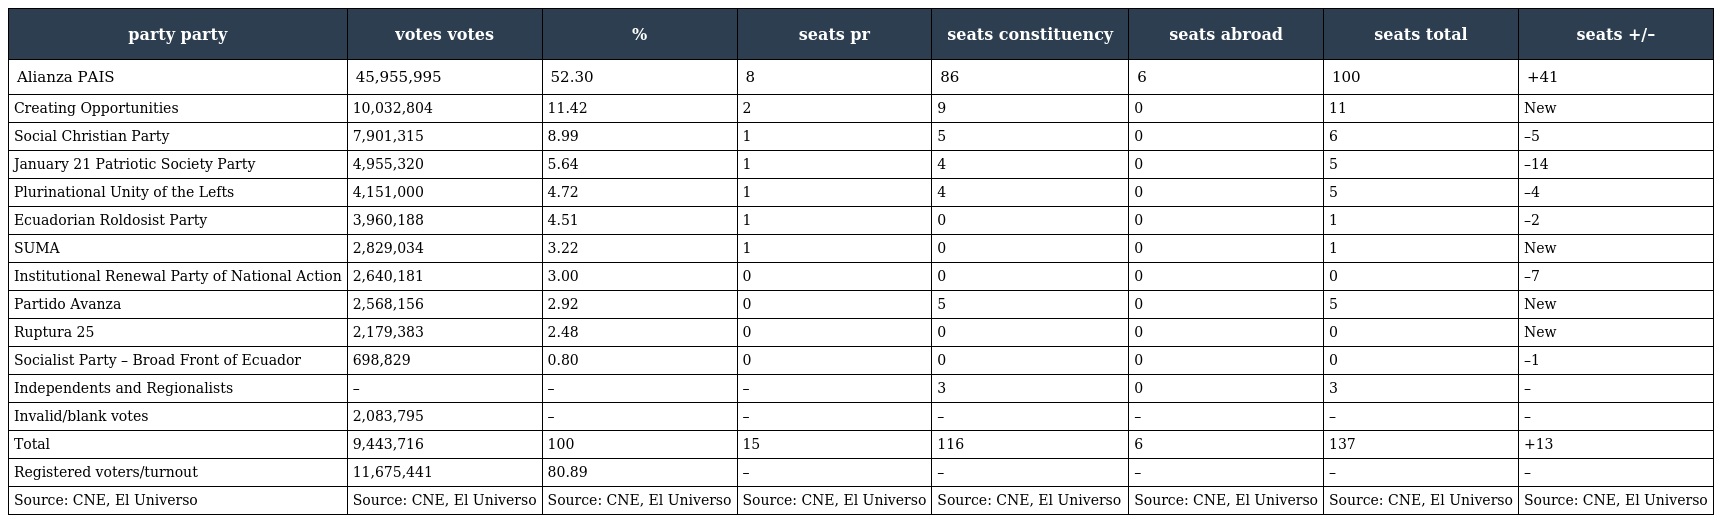
| party party | votes votes | % | seats pr | seats constituency | seats abroad | seats total | seats +/– |
 | --- | --- | --- | --- | --- | --- | --- | --- |
 | Alianza PAIS | 45,955,995 | 52.30 | 8 | 86 | 6 | 100 | +41 |
 | Creating Opportunities | 10,032,804 | 11.42 | 2 | 9 | 0 | 11 | New |
 | Social Christian Party | 7,901,315 | 8.99 | 1 | 5 | 0 | 6 | –5 |
 | January 21 Patriotic Society Party | 4,955,320 | 5.64 | 1 | 4 | 0 | 5 | –14 |
 | Plurinational Unity of the Lefts | 4,151,000 | 4.72 | 1 | 4 | 0 | 5 | –4 |
 | Ecuadorian Roldosist Party | 3,960,188 | 4.51 | 1 | 0 | 0 | 1 | –2 |
 | SUMA | 2,829,034 | 3.22 | 1 | 0 | 0 | 1 | New |
 | Institutional Renewal Party of National Action | 2,640,181 | 3.00 | 0 | 0 | 0 | 0 | –7 |
 | Partido Avanza | 2,568,156 | 2.92 | 0 | 5 | 0 | 5 | New |
 | Ruptura 25 | 2,179,383 | 2.48 | 0 | 0 | 0 | 0 | New |
 | Socialist Party – Broad Front of Ecuador | 698,829 | 0.80 | 0 | 0 | 0 | 0 | –1 |
 | Independents and Regionalists | – | – | – | 3 | 0 | 3 | – |
 | Invalid/blank votes | 2,083,795 | – | – | – | – | – | – |
 | Total | 9,443,716 | 100 | 15 | 116 | 6 | 137 | +13 |
 | Registered voters/turnout | 11,675,441 | 80.89 | – | – | – | – | – |
 | Source: CNE, El Universo | Source: CNE, El Universo | Source: CNE, El Universo | Source: CNE, El Universo | Source: CNE, El Universo | Source: CNE, El Universo | Source: CNE, El Universo | Source: CNE, El Universo |